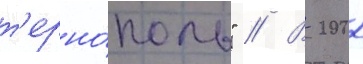
т'ерно́поль" // В 2002